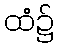
ထံ၌